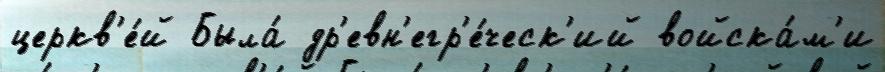
церкв'е́й Была́ др'евн'егр'е́ческ'ий войска́м'и